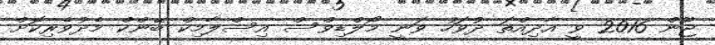
ޖޫން 2016 ވީ އާދިއްތަ ދުވަހު ވަނީ މޯލްޑިވްސް އިސްލާމިކް ބޭންކް މެދުވެރިކޮށް